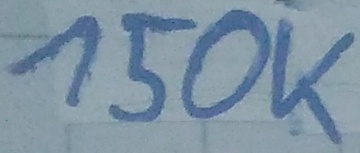
Text: 150k